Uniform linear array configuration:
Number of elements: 24
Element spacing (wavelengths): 0.25
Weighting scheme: hann
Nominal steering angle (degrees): -45
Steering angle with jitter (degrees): -43.361
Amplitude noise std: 0.05
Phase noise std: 0.05

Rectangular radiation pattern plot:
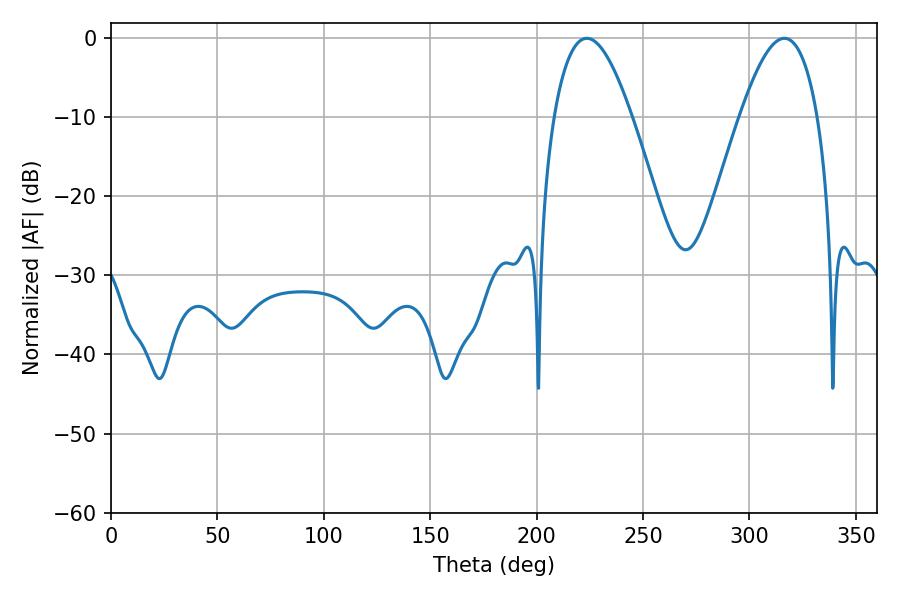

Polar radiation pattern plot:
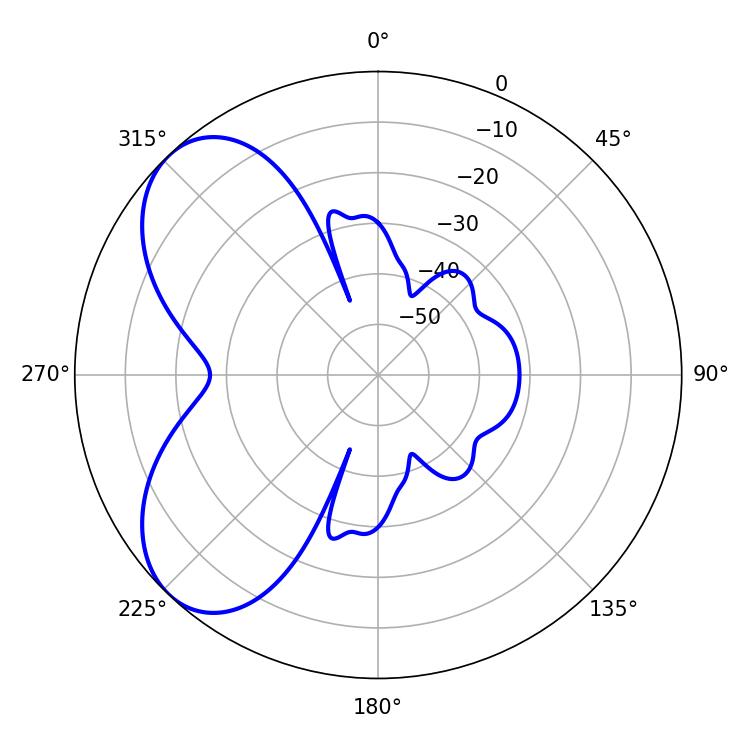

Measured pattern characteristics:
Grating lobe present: FALSE
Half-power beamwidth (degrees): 19.8
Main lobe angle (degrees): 223.56